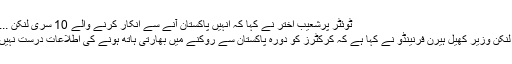
ٹوئٹر پرشعیب اختر نے کہا کہ انہیں پاکستان آنے سے انکار کرنے والے 10 سری لنکن ... مزید
سری لنکن وزیر کھیل ہیرن فرنینڈو نے کہا ہے کہ کرکٹرز کو دورہ پاکستان سے روکنے میں بھارتی ہاتھ ہونے کی اطلاعات درست نہیں ہے ۔